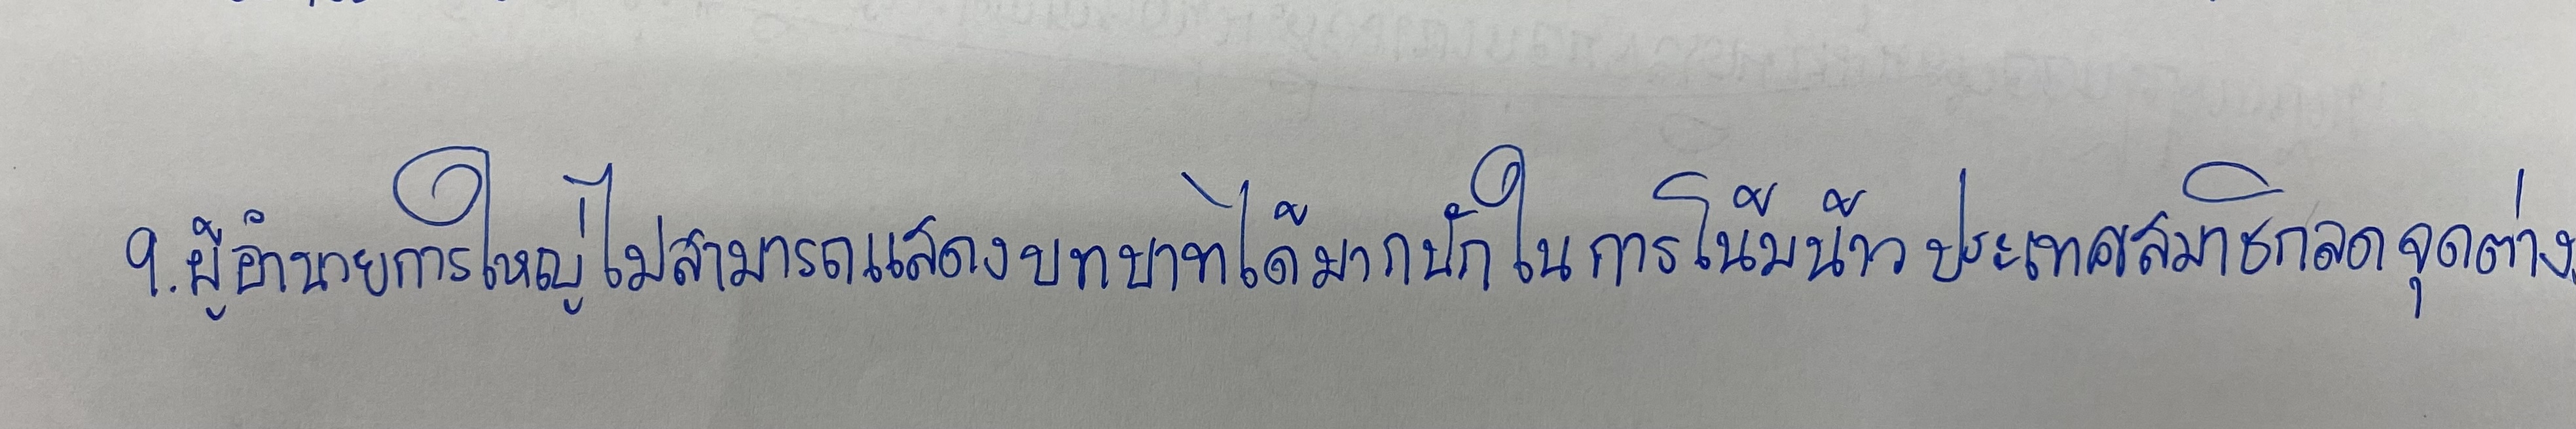
9.ผู้อำนวยการใหญ่ไม่สามารถแสดงบทบาทได้มากนักในการโน้มน้าวประเทศสมาชิกลดจุดต่าง